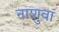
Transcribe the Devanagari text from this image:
नाशुवा